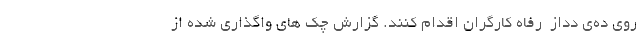
روی ده‌ی دداز  رفاه کارگران اقدام کنند. گزارش چک های واگذاری شده از